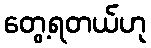
တွေ့ရတယ်ဟု